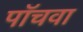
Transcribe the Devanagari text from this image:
पॉचवा